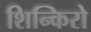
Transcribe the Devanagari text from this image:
शिन्किरो